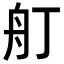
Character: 𦨍